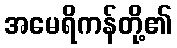
အမေရိကန်တို့၏